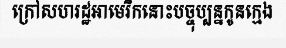
ក្រៅសហរដ្ឋអាមេរិកនោះបច្ចុប្បន្នកូនក្មេង